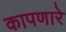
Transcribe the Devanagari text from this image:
कापणारे